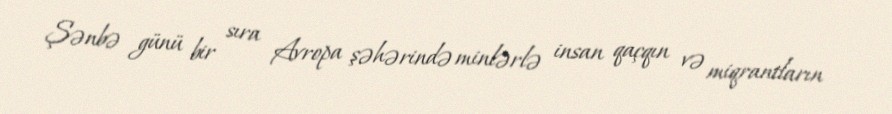
Şənbə günü bir sıra Avropa şəhərində minlərlə insan qaçqın və miqrantların